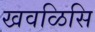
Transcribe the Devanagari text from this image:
खवळिसि